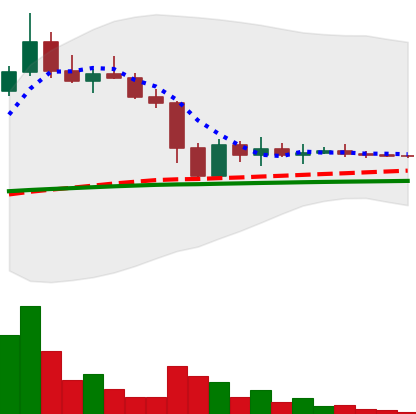
Ticker: DOGE-USD
Chart end date: 2022-11-19
Forward return: -3.665%
Label: down_3_5